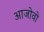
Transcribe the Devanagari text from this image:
आजोवो